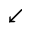
\swarrow